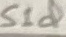
Text: S1d